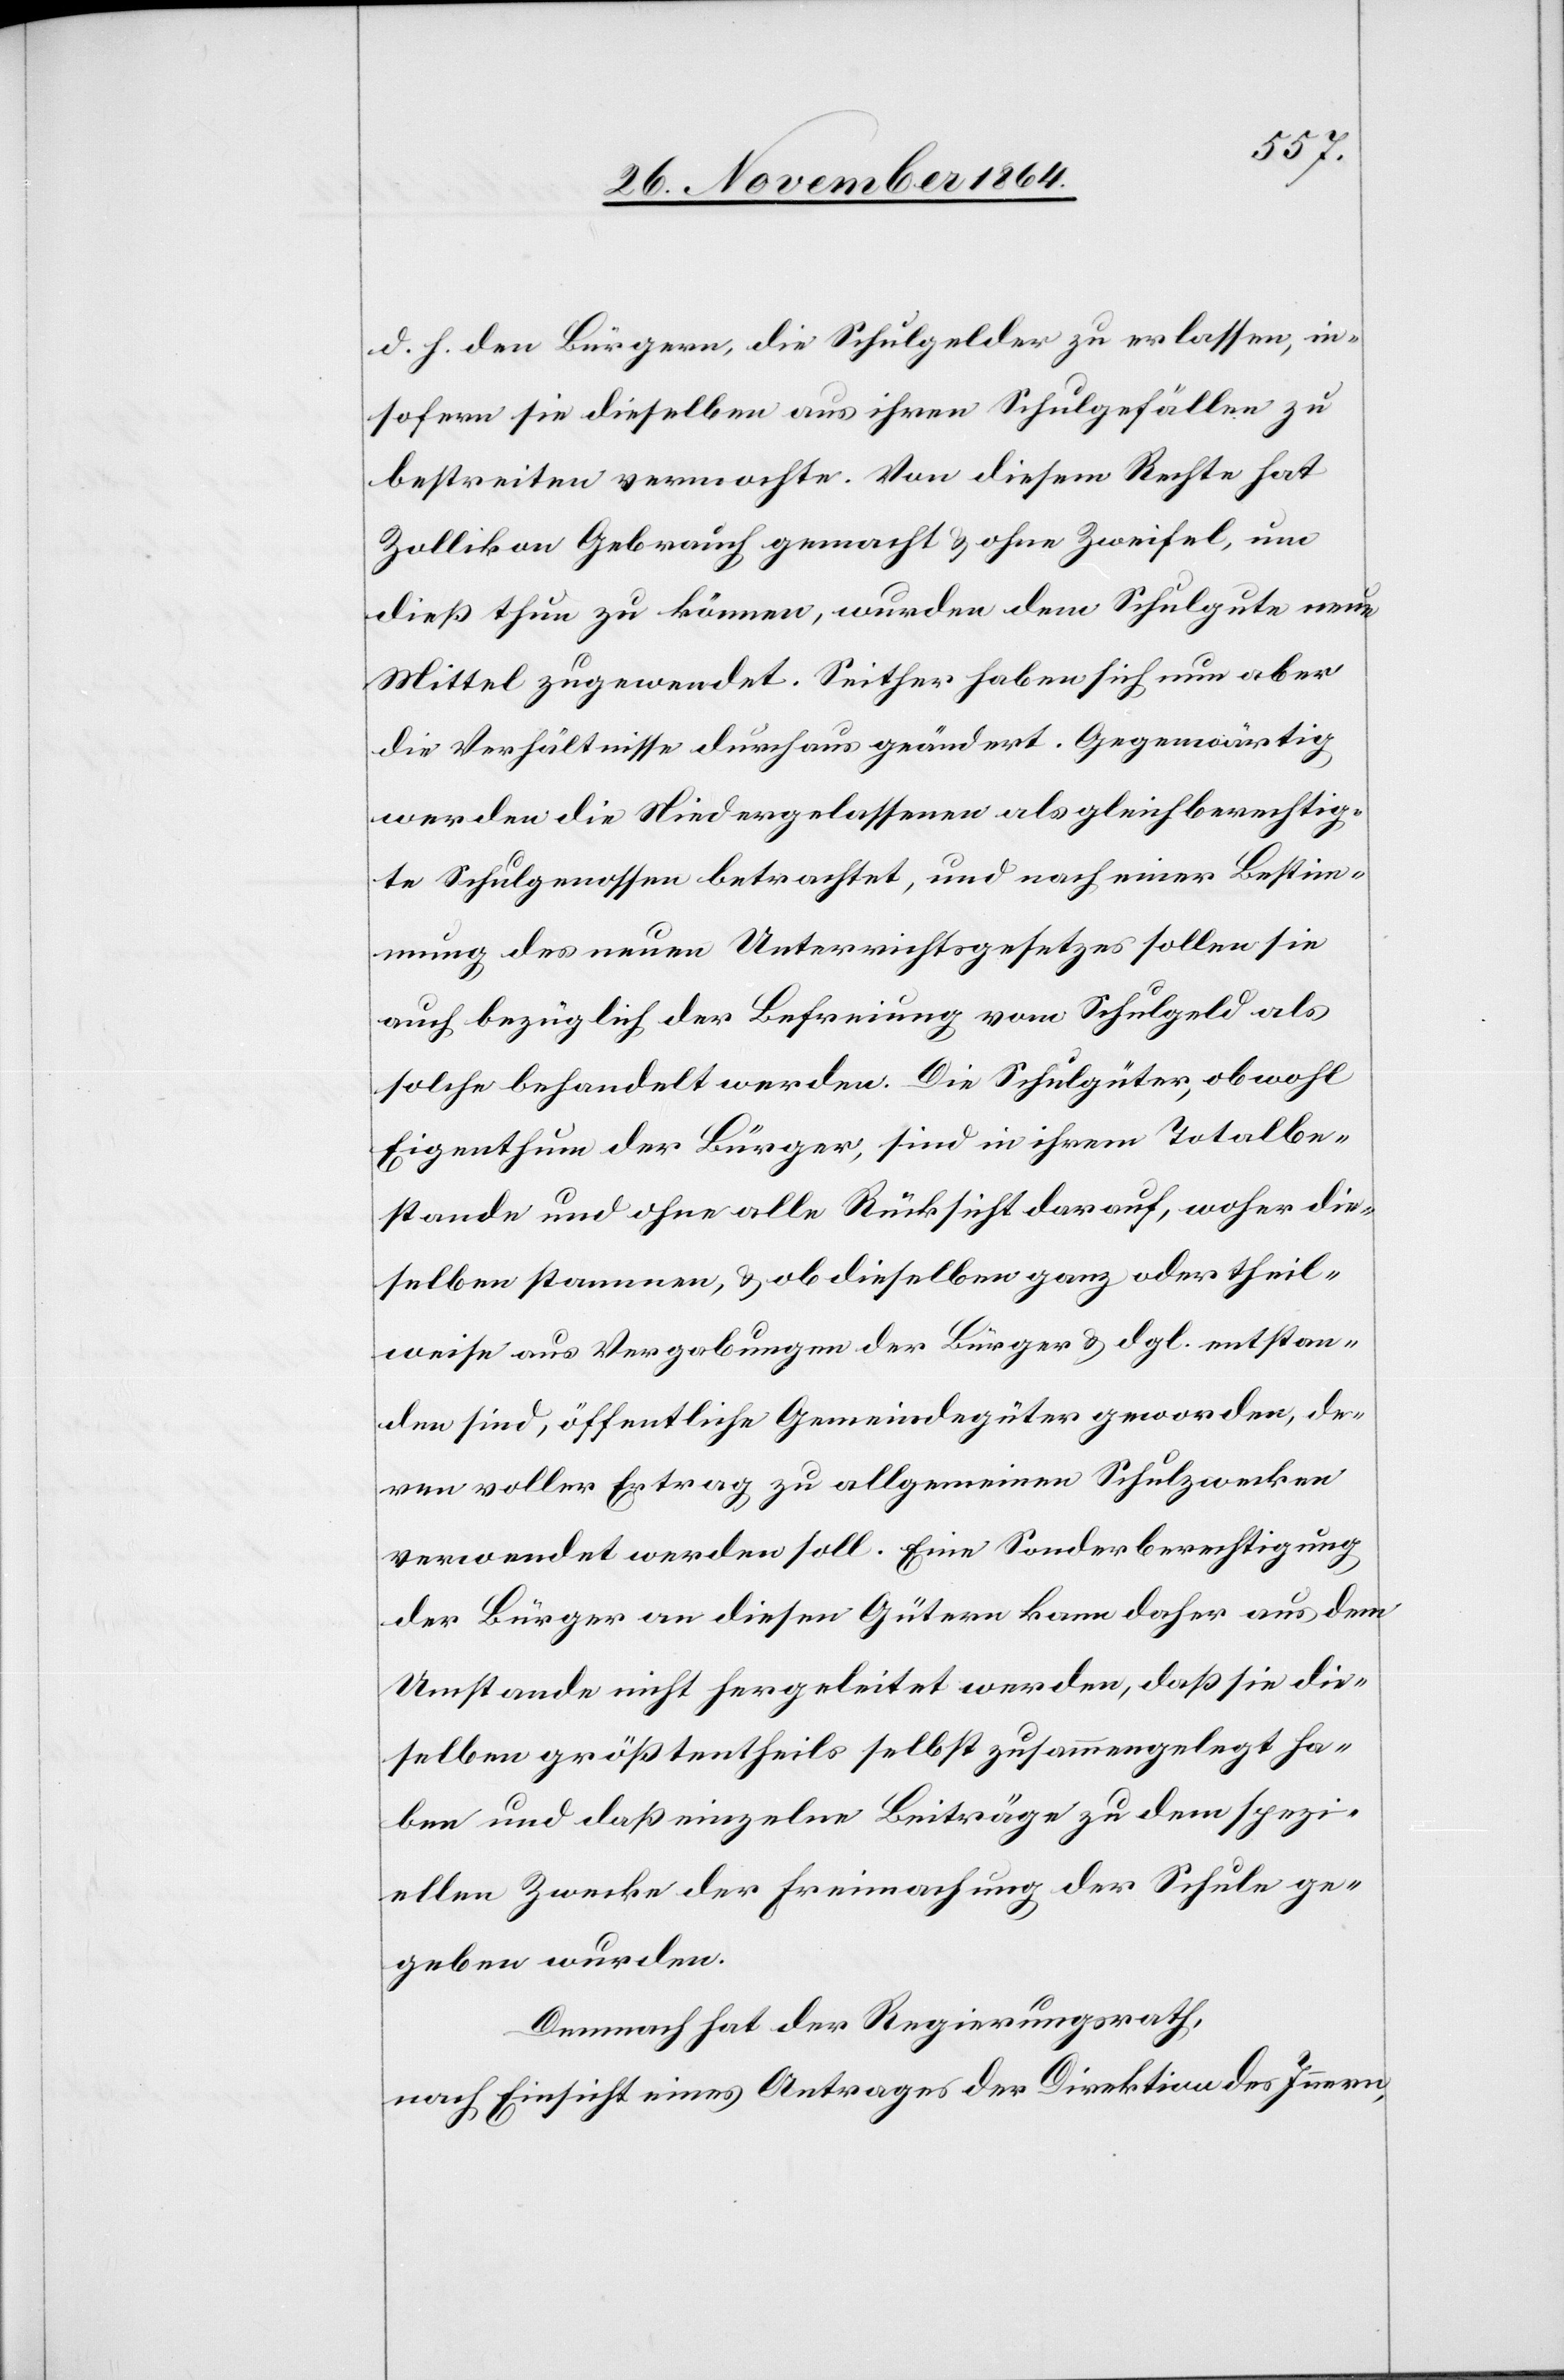
d. h. den Bürgern, die Schulgelder zu erlassen, in¬
sofern sie dieselben aus ihren Schulgefällen zu
bestreiten vermochte. Von diesem Rechte hat
Zollikon Gebrauch gemacht & ohne Zweifel, um
dies thun zu können, wurden dem Schulgute neue
Mittel zugewendet. Seither haben sich nun aber
die Verhältnisse durchaus geändert. Gegenwärtig
werden die Niedergelassenen als gleichberechtig¬
te Schulgenossen betrachtet, und nach einer Bestim¬
mung des neuen Unterrichtsgesetzes sollen sie
auch bezüglich der Befreiung von Schulgeld als
solche behandelt werden. Die Schulgüter, obwohl
Eigenthum der Bürger, sind in ihrem Totalbe¬
stande und ohne alle Rücksicht darauf, woher die¬
selben stammen, & ob dieselben ganz oder theil¬
weise aus Vergabungen der Bürger & dgl. entstan¬
den sind, öffentliche Gemeindegüter geworden, de¬
ren voller Ertrag zu allgemeinen Schulzwecken
verwendet werden soll. Eine Sonderberechtigung
der Bürger an diesen Gütern kann daher aus dem
Umstande nicht hergeleitet werden, daß sie die¬
selben größtentheils selbst zusammengelegt ha¬
ben und daß einzelne Beiträge zu dem spezi¬
ellen Zwecke der Freimachung der Schule ge¬
geben wurden.
Demnach hat der Regierungsrath,
nach Einsicht eines Antrages der Direktion des Innern,